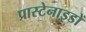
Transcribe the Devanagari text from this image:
प्रास्टेनाइडों